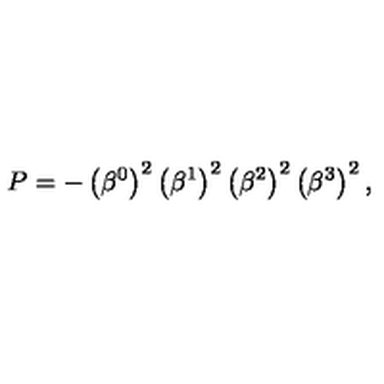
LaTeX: P = - \left( \beta ^ { 0 } \right) ^ { 2 } \left( \beta ^ { 1 } \right) ^ { 2 } \left( \beta ^ { 2 } \right) ^ { 2 } \left( \beta ^ { 3 } \right) ^ { 2 } ,